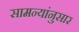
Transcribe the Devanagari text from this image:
सामन्यांनुसार